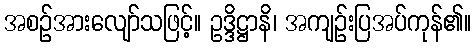
အစဉ်အားလျော်သဖြင့်။ ဥဒ္ဒိဋ္ဌာနိ၊ အကျဉ်းပြအပ်ကုန်၏။